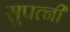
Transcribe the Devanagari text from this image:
सुपत्नी